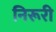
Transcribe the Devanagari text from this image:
निरूरी